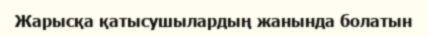
Жарысқа қатысушылардың жанында болатын